Indian journal of veterinary science and animal husbandry - Volume 8,
Year: 1938
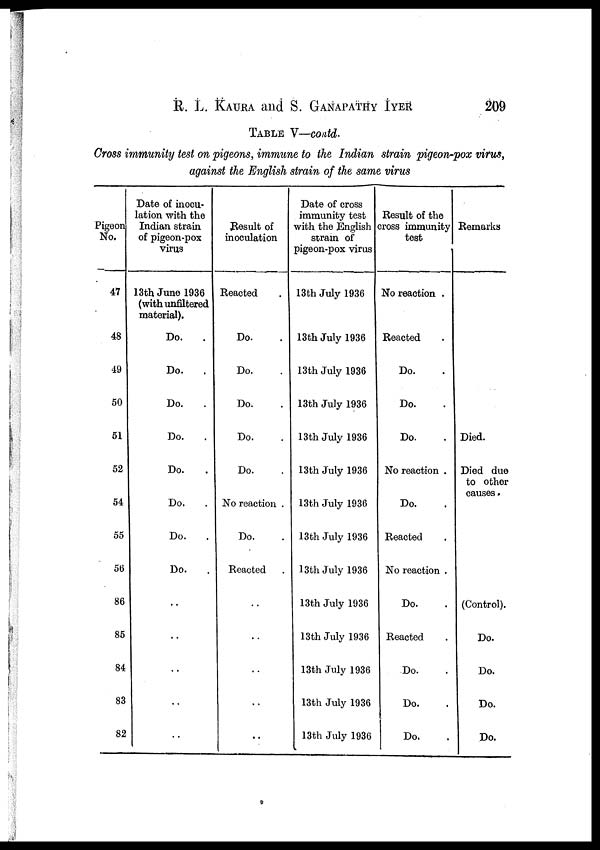
R. L. KAURA and S. GANAPATHY IYER 209
TABLE V—contd.
Cross immunity test on pigeons, immune to the Indian strain pigeon-pox virus,
against the English strain of the same virus
Pigeon
No.
47
48
49
50
51
52
54
55
56
86
85
84
83
82
Date of inocu-
lation with the
Indian strain
of pigeon-pox
virus
13th June 1936
(with unfiltered
material).
Do. .
Do. .
Do. .
Do. .
Do. .
Do. .
Do. .
Do. .
..
..
..
..
..
Result of
inoculation
Reacted
Do. .
Do. .
Do. .
Do. .
Do. .
No reaction .
Do. .
Reacted
..
..
..
..
..
Date of cross
immunity test
with the English
strain of
pigeon-pox virus
13th July 1936
13th July 1936
13th July 1936
13th July 1936
13th July 1936
13th July 1936
13th July 1936
13th July 1936
13th July 1936
13th July 1936
13th July 1936
13th July 1936
13th July 1936
13th July 1936
Result of the
cross immunity
test
No reaction .
Reacted
Do. .
Do. .
Do. .
No reaction .
Do. .
Reacted
No reaction .
Do. .
Reacted
Do. .
Do. .
Do. .
Remarks
Died.
Died due
to other
causes.
(Control).
Do.
Do.
Do.
Do.